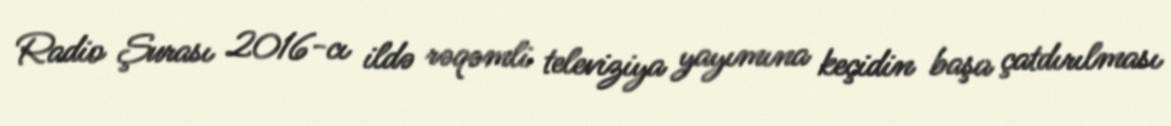
Radio Şurası 2016-cı ildə rəqəmli televiziya yayımına keçidin başa çatdırılması